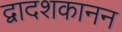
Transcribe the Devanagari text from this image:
द्वादशकानन